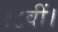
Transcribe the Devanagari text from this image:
१८वीं।